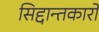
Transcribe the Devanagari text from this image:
सिद्दान्तकारों